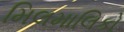
મિલમાલિકો